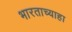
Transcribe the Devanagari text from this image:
भारताच्याहा